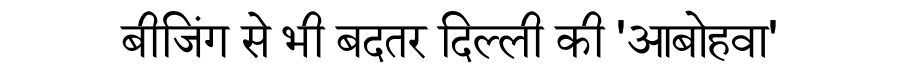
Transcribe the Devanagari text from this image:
बीजिंग से भी बदतर दिल्ली की 'आबोहवा'